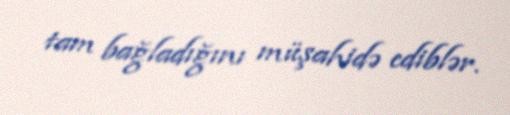
tam bağladığını müşahidə ediblər.